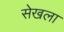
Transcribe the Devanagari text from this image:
सेखला